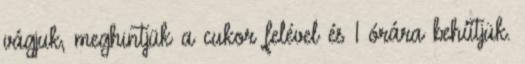
vágjuk, meghintjük a cukor felével és 1 órára behűtjük.